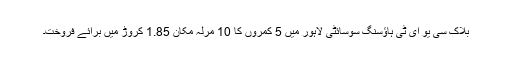
بلاک سی یو ای ٹی ہاؤسنگ سوسائٹی لاہور میں 5 کمروں کا 10 مرلہ مکان 1.85 کروڑ میں برائے فروخت۔